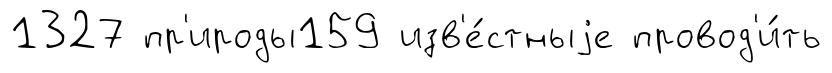
1327 пр'ироды159 изв'е́стныjе провод'и́ть